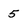
Character: 5